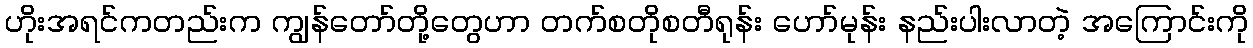
ဟိုးအရင်ကတည်းက ကျွန်တော်တို့တွေဟာ တက်စတိုစတီရုန်း ဟော်မုန်း နည်းပါးလာတဲ့ အကြောင်းကို